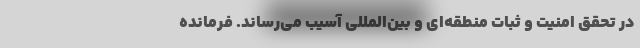
در تحقق امنیت و ثبات منطقه‌ای و بین‌المللی آسیب می‌رساند. فرمانده